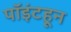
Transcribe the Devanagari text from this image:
पॉइंटहून